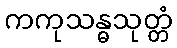
ကကုသန္ဓသုတ္တံ